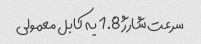
سرعت شارژ 1.8 یه کابل معمولی